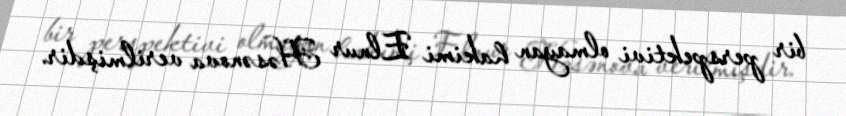
bir perspektivi olmayan hakimi Elnur Həsənova verilmişdir.